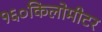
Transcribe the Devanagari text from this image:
१६०किलोमीटर